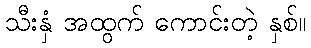
သီးနှံ အထွက် ကောင်းတဲ့ နှစ်။